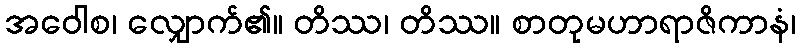
အဝေါစ၊ လျှောက်၏။ တိဿ၊ တိဿ။ စာတုမဟာရာဇိကာနံ၊